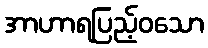
အာဟာရပြည့်ဝသော